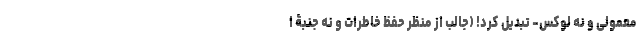
معمولی و نه لوکس- تبدیل کرد! (جالب از منظر حفظ خاطرات و نه جنبۀ ا